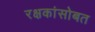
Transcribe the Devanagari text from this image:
रक्षकांसोबत